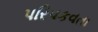
પરિપકવતા